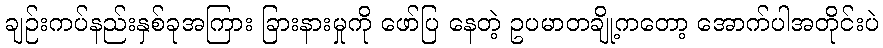
ချဉ်းကပ်နည်းနှစ်ခုအကြား ခြားနားမှုကို ဖော်ပြ နေတဲ့ ဥပမာတချို့ကတော့ အောက်ပါအတိုင်းပဲ